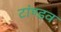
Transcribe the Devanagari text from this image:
टांण्डव